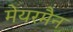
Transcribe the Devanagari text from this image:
मेयरमैन